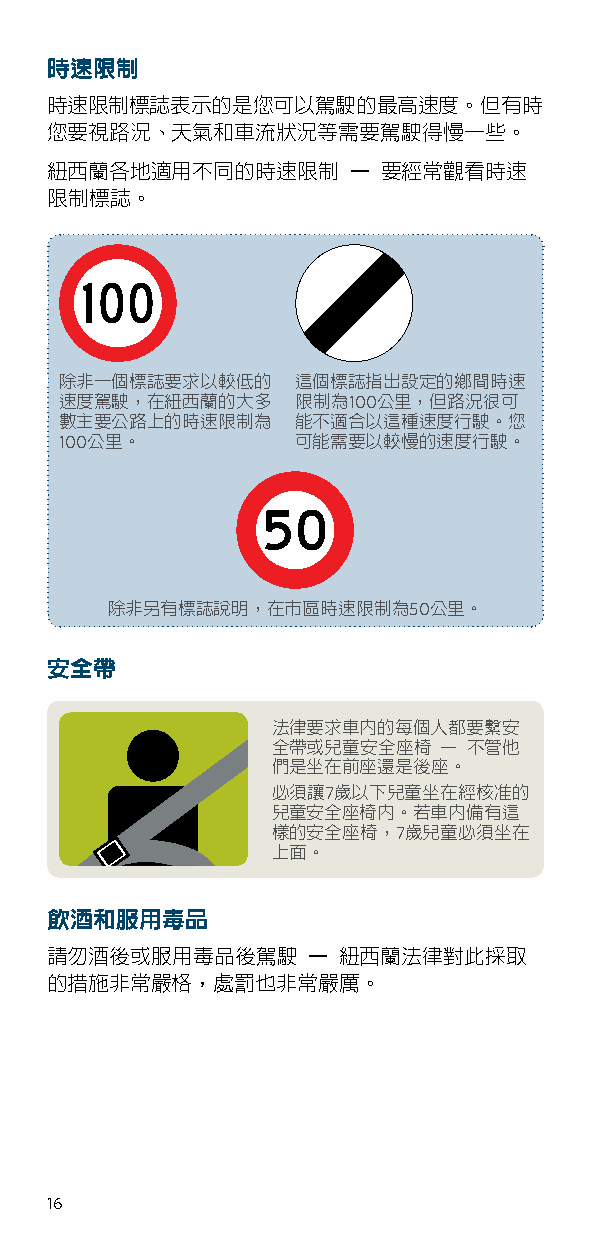
時速限制
 時速限制標誌表示的是您可以駕駛的最高速度。但有時
 您要視路況、天氣和車流狀況等需要駕駛得慢一些。
 紐西蘭各地適用不同的時速限制      – 要經常觀看時速
 限制標誌。
 除非一個標誌要求以較低的    這個標誌指出設定的鄉間時速
 速度駕駛，在紐西蘭的大多    限制為100公里，但路況很可
 數主要公路上的時速限制為    能不適合以這種速度行駛。您
 100公里。          可能需要以較慢的速度行駛。
 除非另有標誌說明，在市區時速限制為50公里。
 安全帶
 法律要求車內的每個人都要繫安
 全帶或兒童安全座椅  – 不管他
 們是坐在前座還是後座。
 必須讓7歲以下兒童坐在經核准的
 兒童安全座椅內。若車內備有這
 樣的安全座椅，7歲兒童必須坐在
 上面。
 飲酒和服用毒品
 請勿酒後或服用毒品後駕駛     – 紐西蘭法律對此採取
 的措施非常嚴格，處罰也非常嚴厲。
 16